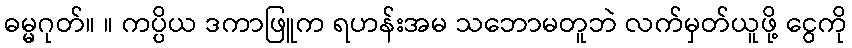
ဓမ္မဂုတ်။ ။ ကပ္ပိယ ဒကာဖြူက ရဟန်းအမ သဘောမတူဘဲ လက်မှတ်ယူဖို့ ငွေကို